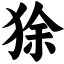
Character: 狳